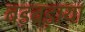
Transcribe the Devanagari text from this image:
बड़बड़ाया